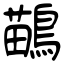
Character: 鶓